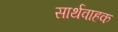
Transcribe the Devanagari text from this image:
सार्थवाहक